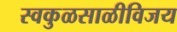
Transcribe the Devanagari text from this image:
स्वकुळसाळीविजय